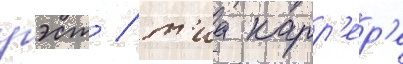
уэст / т'иа карр'ер'е